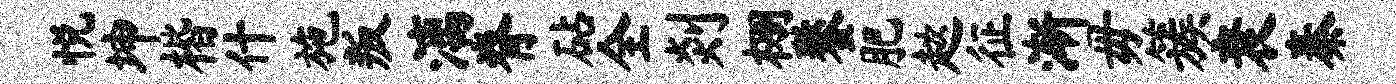
悦坤楷什施叛漓脊砧全剡棚鏊肥趑征渐毋簇衰秦